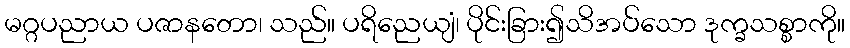
မဂ္ဂပညာယ ပဇာနတော၊ သည်။ ပရိညေယျံ၊ ပိုင်းခြား၍သိအပ်သော ဒုက္ခသစ္စာကို။